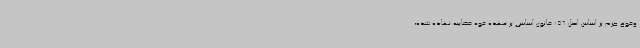
وقوع جرم بر اساس اصل 156 قانون اساسی بر عهده قوه قضاییه نهاده شده،